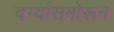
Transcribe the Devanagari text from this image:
दर्ग्यासमोरून